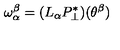
\omega _ { \alpha } ^ { \beta } = ( L _ { \alpha } P _ { \perp } ^ { * } ) ( \theta ^ { \beta } )